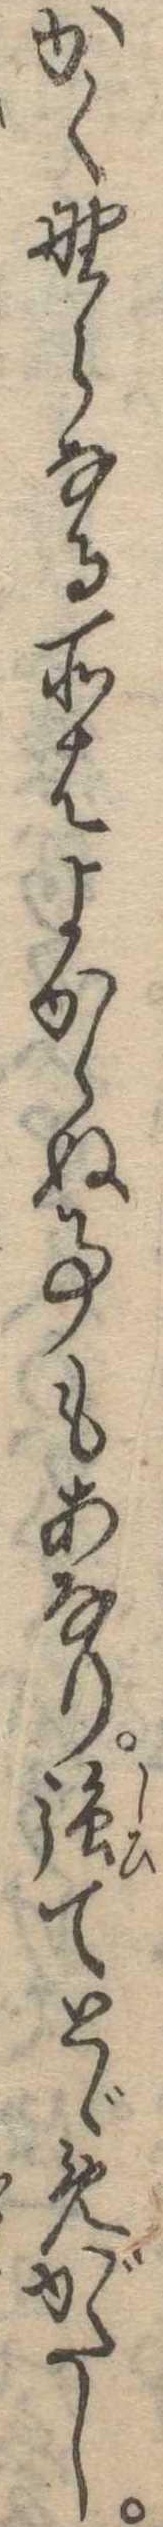
かく野らなる所はよからぬ事もあなり強てとゞめがたし